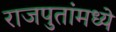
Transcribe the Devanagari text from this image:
राजपुतांमध्ये